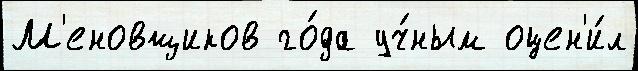
М'еновщиков го́да уч́ным оцен'и́л